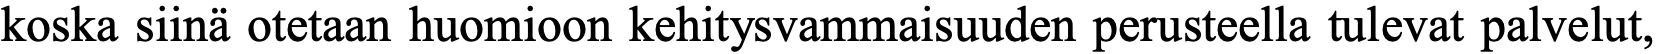
koska siinä otetaan huomioon kehitysvammaisuuden perusteella tulevat palvelut,